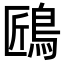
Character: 𪀘